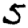
Digit: 5